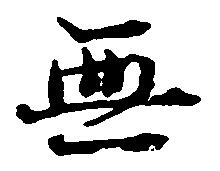
無